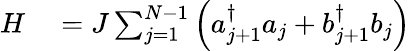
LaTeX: \begin{array}{rl}{H}&{{}=J\sum_{j=1}^{N-1}\left(a_{j+1}^{\dagger}a_{j}+b_{j+1}^{\dagger}b_{j}\right)}\end{array}